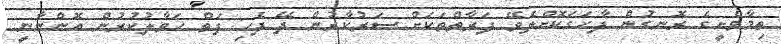
ތިމާވެށީގެ ރޮނގުން ފާހަގަކޮށްލެވޭ ފަރާތްތަކަށް ސަރުކާރުން ދޭ ފެހި ފަތް ހަވާލުކުރުން އޮންނާނީ